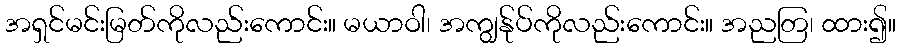
အရှင်မင်းမြတ်ကိုလည်းကောင်း။ မယာဝါ၊ အကျွန်ုပ်ကိုလည်းကောင်း။ အညတြ၊ ထား၍။